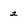
Character: 2